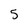
Character: 5